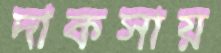
দাকসায়